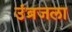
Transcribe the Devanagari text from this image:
उंब्रजला